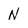
Character: N